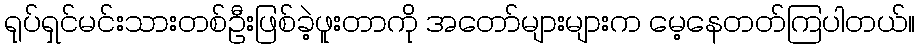
ရုပ်ရှင်မင်းသားတစ်ဦးဖြစ်ခဲ့ဖူးတာကို အတော်များများက မေ့နေတတ်ကြပါတယ်။